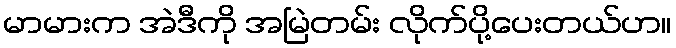
မာမားက အဲဒီကို အမြဲတမ်း လိုက်ပို့ပေးတယ်ဟ။